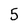
Character: 5